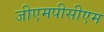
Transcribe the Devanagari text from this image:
जीएमपीसीएम